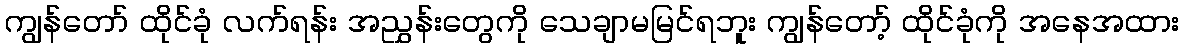
ကျွန်တော် ထိုင်ခုံ လက်ရန်း အညွှန်းတွေကို သေချာမမြင်ရဘူး ကျွန်တော့် ထိုင်ခုံကို အနေအထား